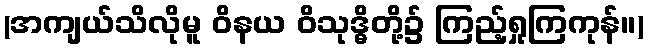
(အကျယ်သိလိုမူ ဝိနယ ဝိသုဒ္ဓိတို့၌ ကြည့်ရှုကြကုန်။)